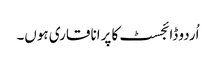
اُردو ڈائجسٹ کا پرانا قاری ہوں۔